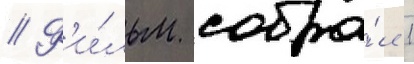
// Ф'и́льм собра́л 1